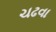
ચઢવા